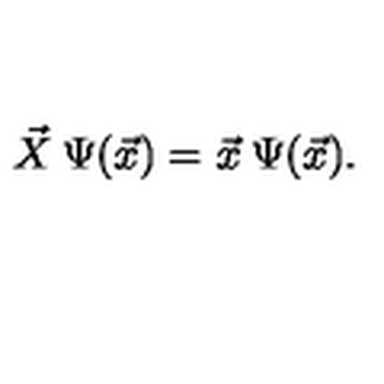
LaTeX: \vec { X } \: \Psi ( \vec { x } ) = \vec { x } \: \Psi ( \vec { x } ) .